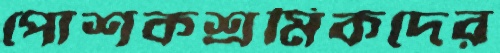
পোশকশ্রমিকদের